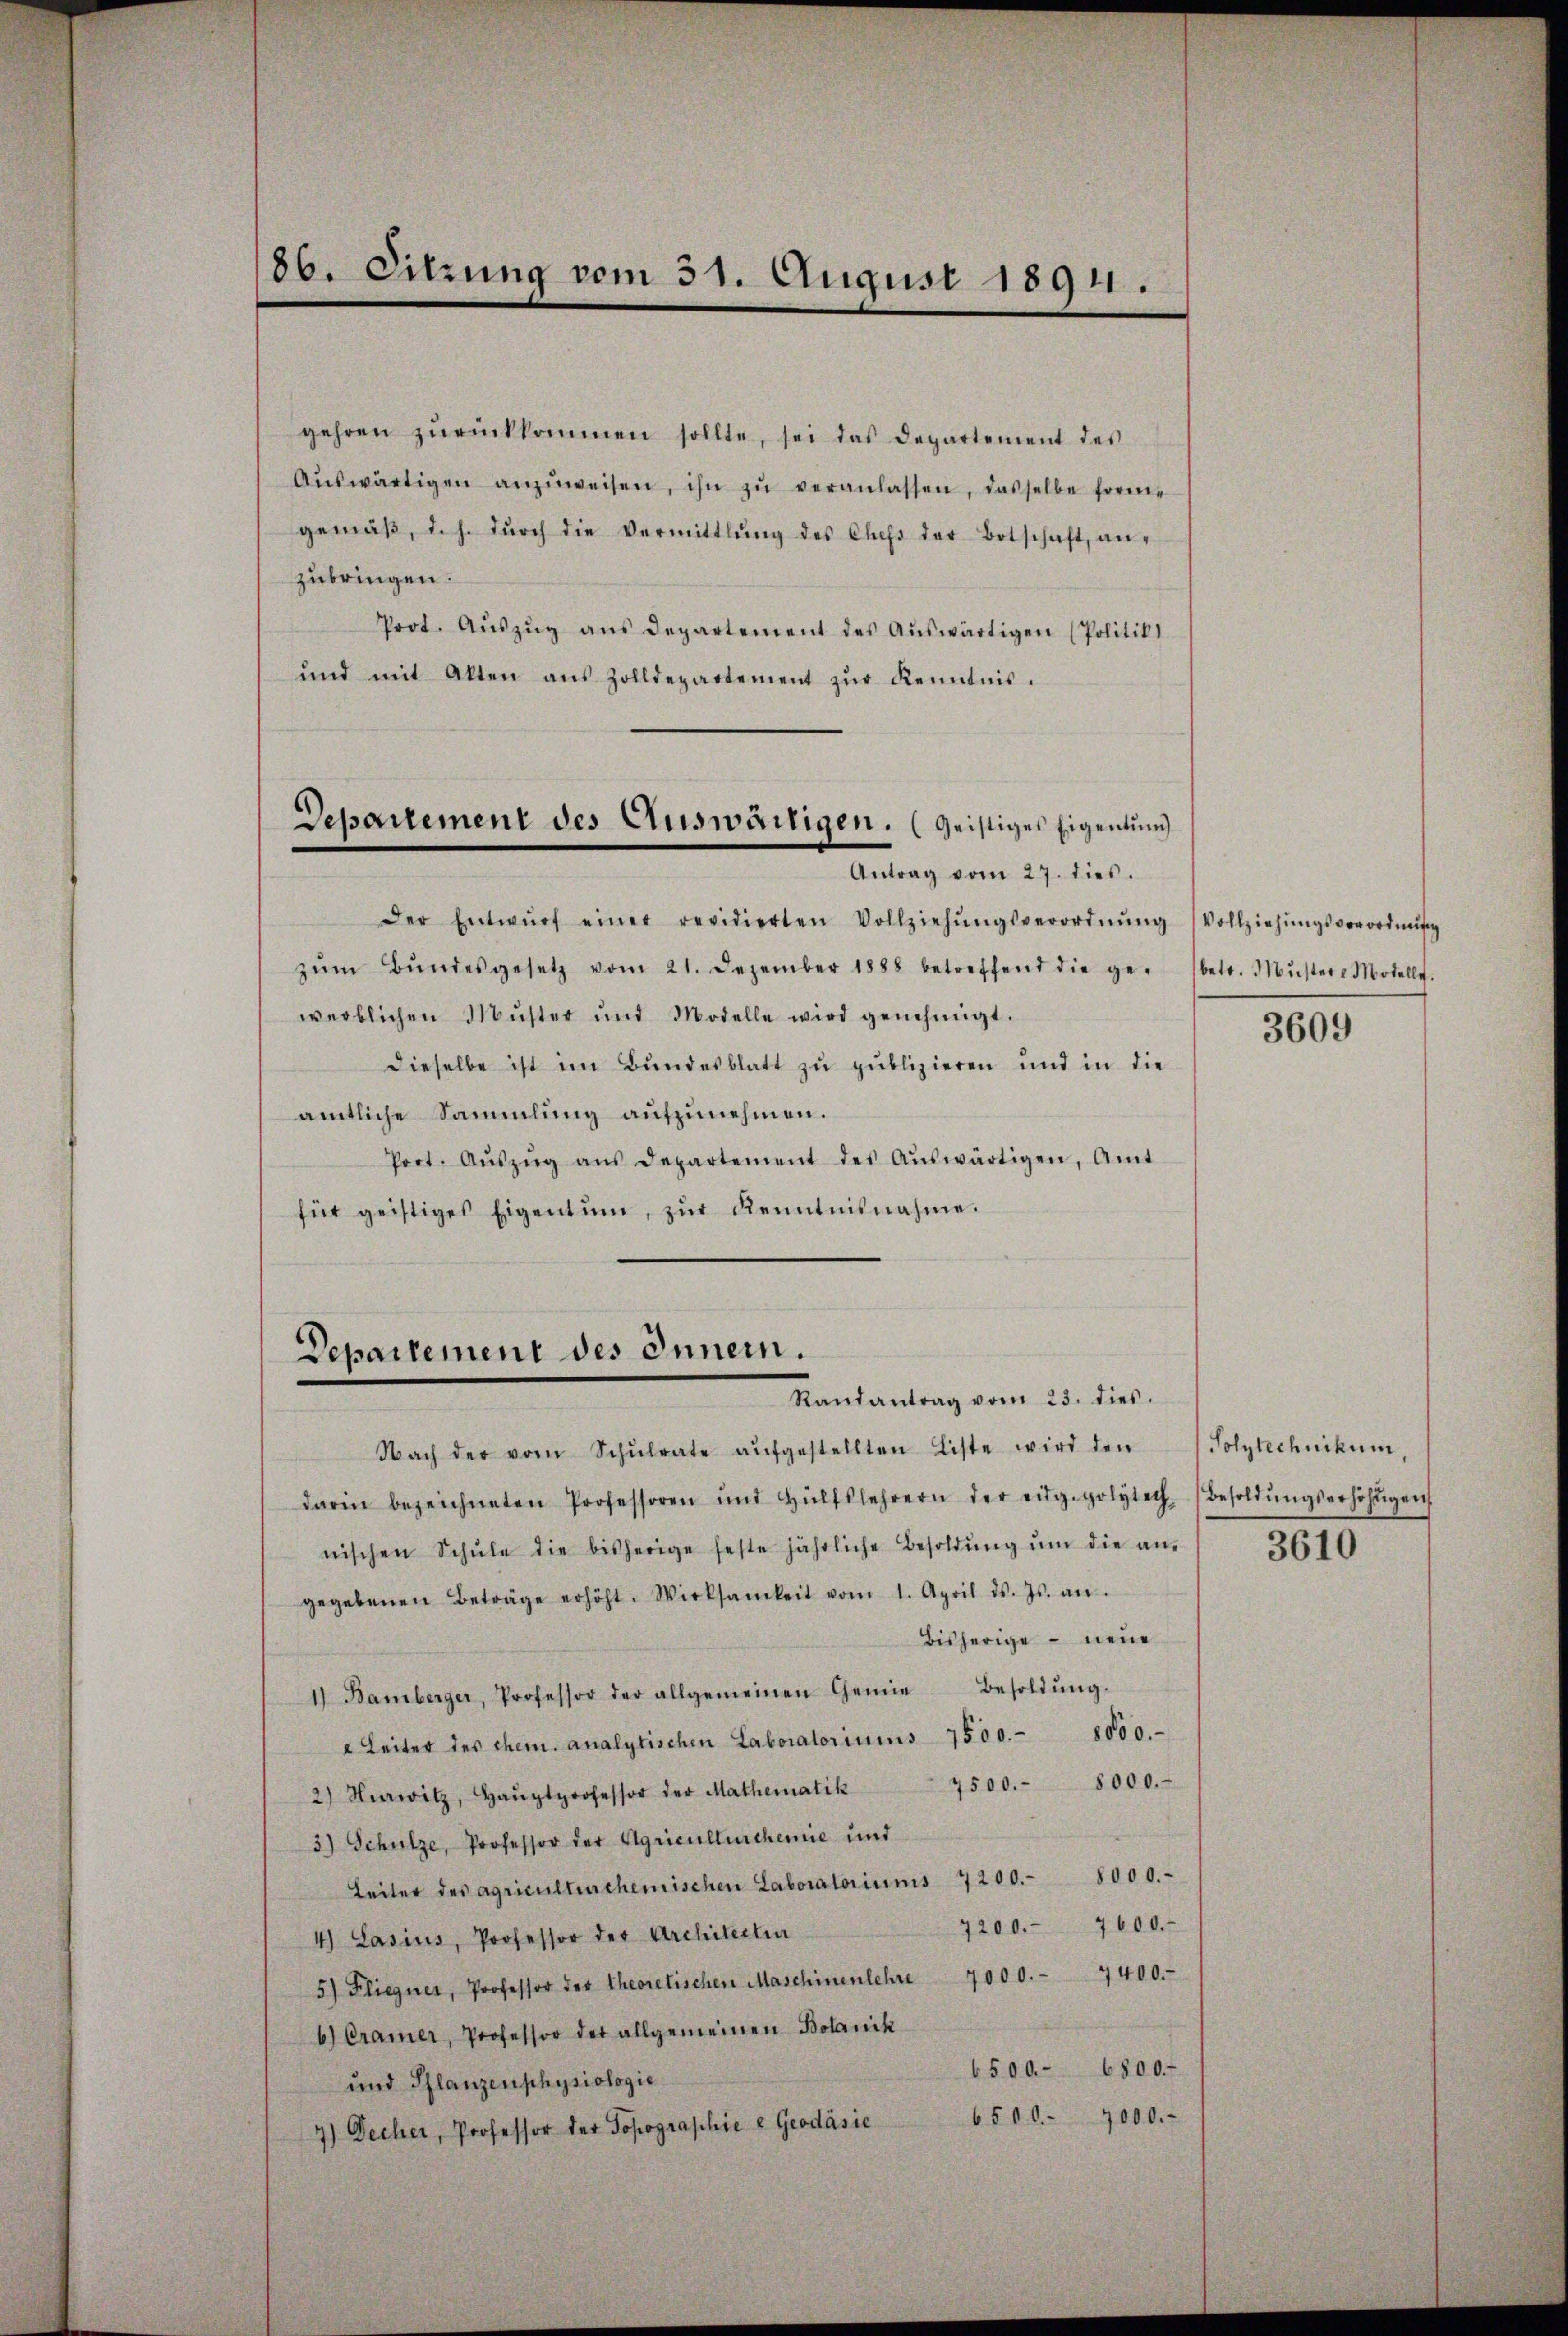
86. Sitzung vom 31. August 1891.

gehren zŭrückkommen sollte, sei das Departement des
Aŭswärtigen anzŭweisen, ihn zŭ veranlassen, dasselbe forme
gemäβ, d. h. dŭrch die Vermittlŭng des Chefs der Botschaft, anzubringen.
Prot. Aŭszŭg aŭs Departement des Aŭswärtigen (Politik
und mit Akten aus Zolldepartement zŭr Kenntnis.

Der Entwŭrf einer revidierten Vollziehŭngsverordnŭng (Vollziehŭngsverordnŭng
zŭm Bŭndesgesetz vom 21. Dezember 1888 betreffend die ge- (betr. Mŭstere Motellt.
werblichen Muster und Modelle wird genehmigt.
dieselbe ist im Bundesblatt zu publizieren und in die
amtliche Sammlung aufzunehmen.
Port. Aŭszŭg ans Departement des Aŭswärtigen, Amt
für geistiges Eigentum, zŭr Kenntnisnahme.

Departement des Auswärtigen. (Geistiges Eigentum
Antrag vom 27. dies.

Departement des Inner
Randantrag vom 23. dies

Nach der vom Schŭlrate aŭfgestellten Liste wird den (Polytechnikum,

darin bezeichneten Professoren und Hülfslehrern der eigepolytech Besoldŭngserhöhŭgen
nischen Schŭle die bisherige feste jährliche Besoldŭng ŭm die am 3610
gegebenen Beträge erhöht. Wirksamkeit vom 1. April d. Js. an.
bisherige – neue
1 Bamberger, Professor der allgemeinen Genie Besoldŭng.
 Leiter des chem analytischen Laboratoriums 7500.- 8000.-
7500.- 8000.-
2) Nawitz, Haŭptprofessor der Mathematik
3) Schulze, Professor der Agriculluschemie und
Leiter des agriculturschemischen Laboratoriums 7200.- 8000.-
7200. 7600.
4) Lasius, Professor der Architecten
5) Fliegner, Professor der theoretischen Maschinenlehre 7000.- 7400.-
b) Cramer, Professor der allgemeinen Botanik
6500.- 6800.
und Pflanzen physiologie
7) Decher, Professor der Topographie u Geodásic 6500. 7000.-

3609